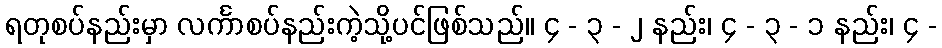
ရတုစပ်နည်းမှာ လင်္ကာစပ်နည်းကဲ့သို့ပင်ဖြစ်သည်။ ၄ - ၃ - ၂ နည်း၊ ၄ - ၃ - ၁ နည်း၊ ၄ -